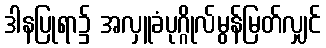
ဒါနပြုရာ၌ အလှူခံပုဂ္ဂိုလ်မွန်မြတ်လျှင်